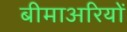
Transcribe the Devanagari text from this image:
बीमाअरियों